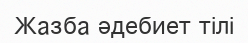
Жазба әдебиет тілі